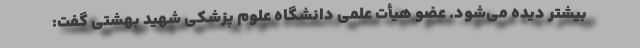
بیشتر دیده می‌شود. عضو هیأت علمی دانشگاه علوم پزشکی شهید بهشتی گفت: